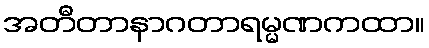
အတီတာနာဂတာရမ္မဏကထာ။